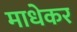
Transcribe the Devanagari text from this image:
माधेकर